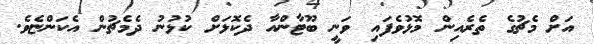
އަށް މެޗުގެ ތެރެއިން މޮޅުވެފައި ވަނީ ބޫޓާންއާ ދެކޮޅަށް ކުޅުނު ދެމެޗުން އެކަންޏެވެ.